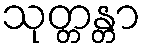
သုတ္တန္တာ